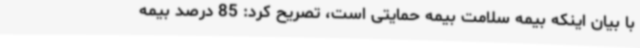
با بیان اینکه بیمه سلامت بیمه حمایتی است، تصریح کرد: 85 درصد بیمه